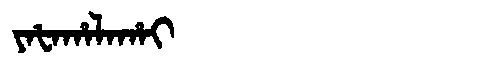
Manchu: ᠶᠠᡶᠠᡥᠠᠯᠠᡥᠠᡳ
Romanization: YAFAHALAHAI